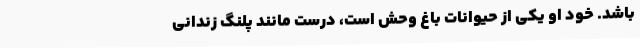
باشد. خودِ او یکی از حیواناتِ باغ وحش است، درست مانند پلنگ زندانی